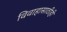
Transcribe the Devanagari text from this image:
विवाहासाठीही